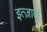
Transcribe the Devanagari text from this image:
इत्ज़ाक